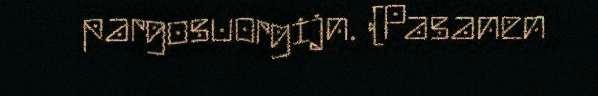
pargosuorgijn. (Pasanen